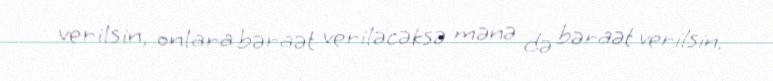
verilsin, onlara bəraət veriləcəksə mənə də bəraət verilsin.